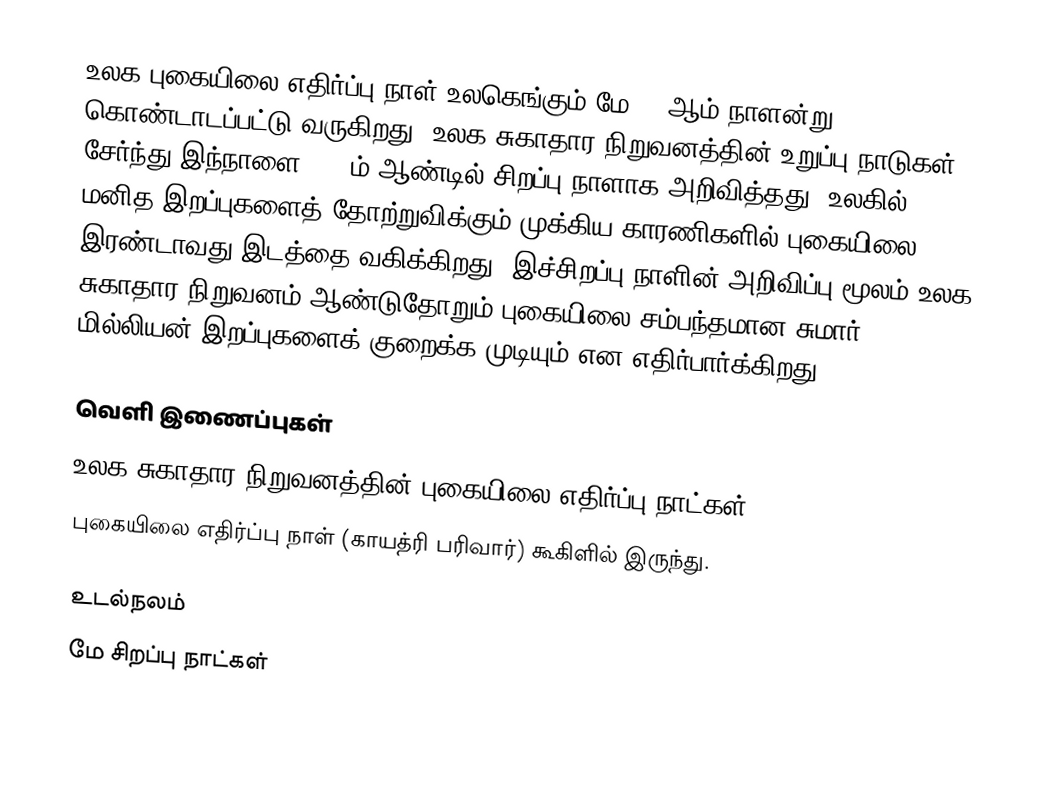
உலக புகையிலை எதிர்ப்பு நாள் உலகெங்கும் மே 31 ஆம் நாளன்று கொண்டாடப்பட்டு வருகிறது. உலக சுகாதார நிறுவனத்தின் உறுப்பு நாடுகள் சேர்ந்து இந்நாளை 1987ம் ஆண்டில் சிறப்பு நாளாக அறிவித்தது. உலகில் மனித இறப்புகளைத் தோற்றுவிக்கும் முக்கிய காரணிகளில் புகையிலை இரண்டாவது இடத்தை வகிக்கிறது. இச்சிறப்பு நாளின் அறிவிப்பு மூலம் உலக சுகாதார நிறுவனம் ஆண்டுதோறும் புகையிலை சம்பந்தமான சுமார் 3.5 மில்லியன் இறப்புகளைக் குறைக்க முடியும் என எதிர்பார்க்கிறது.

வெளி இணைப்புகள்
 உலக சுகாதார நிறுவனத்தின் புகையிலை எதிர்ப்பு நாட்கள்
 புகையிலை எதிர்ப்பு நாள் (காயத்ரி பரிவார்) கூகிளில் இருந்து.

உடல்நலம்
மே சிறப்பு நாட்கள்